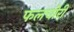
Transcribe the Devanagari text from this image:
फलचोरी